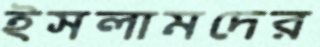
ইসলামদের